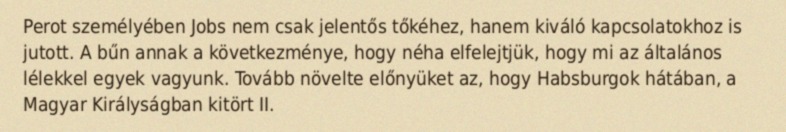
Perot személyében Jobs nem csak jelentős tőkéhez, hanem kiváló kapcsolatokhoz is jutott. A bűn annak a következménye, hogy néha elfelejtjük, hogy mi az általános lélekkel egyek vagyunk. Tovább növelte előnyüket az, hogy Habsburgok hátában, a Magyar Királyságban kitört II.